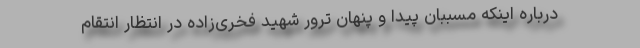
درباره اینکه مسببان پیدا و پنهان ترور شهید فخری‌زاده در انتظار انتقام